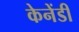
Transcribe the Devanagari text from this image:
केनेंडी